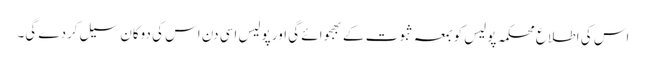
اس کی اطلاع محکمہ پولیس کو بمعہ ثبوت کے بھجوائے گی اور پولیس اسی دن اس کی دوکان سیل کردے گی۔